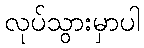
လုပ်သွားမှာပါ